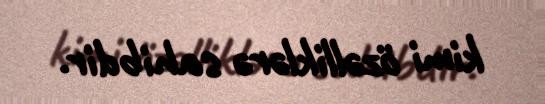
kimi özəlliklərə sahibdir.